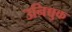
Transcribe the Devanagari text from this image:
उनिच्चुक